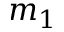
m _ { 1 }